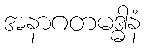
အနာဂတမဒ္ဓါနံ